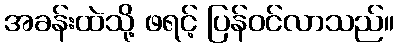
အခန်းထဲသို့ ဖရင့် ပြန်ဝင်လာသည်။